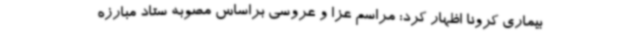
بیماری کرونا اظهار کرد: مراسم عزا و عروسی براساس مصوبه ستاد مبارزه